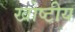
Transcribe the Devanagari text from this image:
खोष्टीय